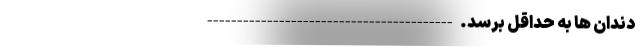
دندان ها به حداقل برسد. -----------------------------------------